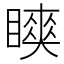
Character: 𬑨